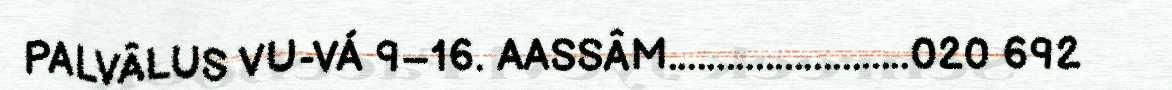
PALVÂLUS VU-VÁ 9–16. AASSÂM.........................020 692